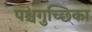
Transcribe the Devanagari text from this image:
पश्चगुच्छिका